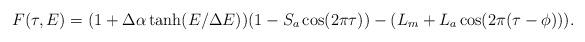
LaTeX: \begin{align*}F(\tau,E) = (1 + \Delta\alpha\tanh(E/\Delta E))(1-S_a \cos(2\pi\tau)) - (L_m + L_a \cos(2\pi(\tau-\phi))).\end{align*}